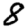
Digit: 8